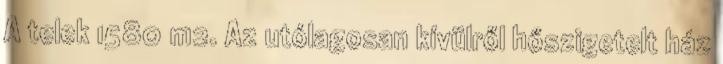
A telek 1580 m2. Az utólagosan kívülről hőszigetelt ház